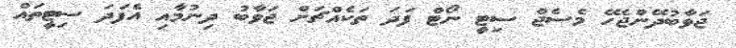
ޖަވާބުދޭންޖެހޭ މެސެޖް ސިޓީ ނޯޓް ފަދަ ތަކެއްޗަށް ޖަވާބު ދިނުމާއި އެފަދަ ސިޓީތައް